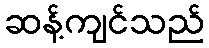
ဆန့်ကျင်သည်